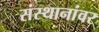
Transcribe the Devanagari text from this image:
संस्थानांवर